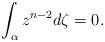
LaTeX: \begin{align*}\int_\alpha z^{n-2}d\zeta=0.\end{align*}